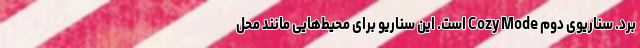
برد. سناریوی دوم Cozy Mode است. این سناریو برای محیط‌هایی مانند محل